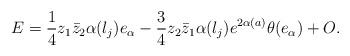
LaTeX: \begin{align*}E = \frac{1}{4}z_1\bar{z}_2\alpha(l_j)e_{\alpha} - \frac{3}{4}z_2\bar{z}_1\alpha(l_j)e^{2\alpha(a)}\theta(e_{\alpha})+O.\end{align*}